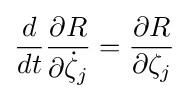
{\frac {d}{dt}}{\frac {\partial R}{\partial {\dot {\zeta }}_{j}}}={\frac {\partial R}{\partial \zeta _{j}}}